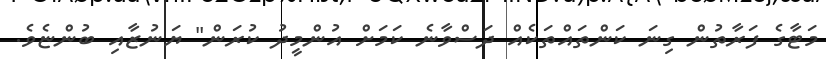
މަޓާގެ ފަރާތުން ގިނަ ކަންތައްތަކެއް ދަސްވާނެ ކަމަށް އުންމީދު ކުރަން" ޔަނުޒާއި ބުންޏެވެ.